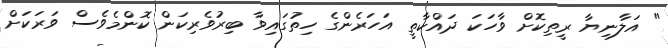
" އަލާނިޔާ ރީތިކޮށް ވާހަކަ ދައްކާތީ އަހަރެންގެ ހިތުގައިވާ ބިރުވެރިކަން ކޮންމެވެސް ވަރަކަށް